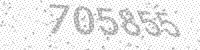
Solution: 705855